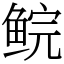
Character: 鲩